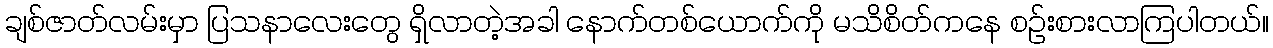
ချစ်ဇာတ်လမ်းမှာ ပြသနာလေးတွေ ရှိလာတဲ့အခါ နောက်တစ်ယောက်ကို မသိစိတ်ကနေ စဉ်းစားလာကြပါတယ်။